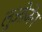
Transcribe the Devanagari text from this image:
लुओजेन